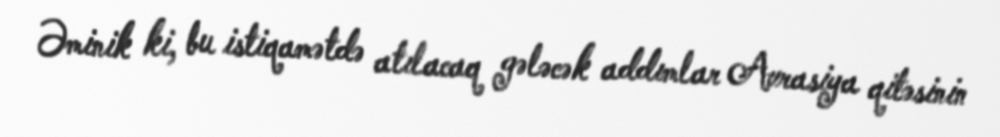
Əminik ki, bu istiqamətdə atılacaq gələcək addımlar Avrasiya qitəsinin